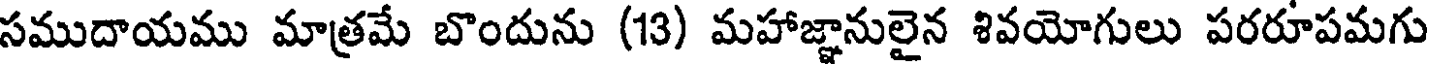
సముదాయము మాత్రమే బొందును (13) మహాజ్ఞానులైన శివయోగులు పరరూపమగు